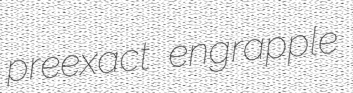
preexact engrapple